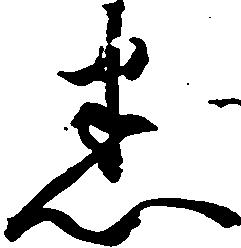
悉